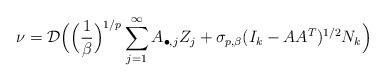
LaTeX: \begin{align*}\nu = \mathcal{D}\Big(\Big(\frac{1}{\beta}\Big)^{1/p}\sum_{j=1}^\infty A_{\bullet,j}Z_j + \sigma_{p, \beta}(I_k-AA^T)^{1/2}N_k\Big)\end{align*}